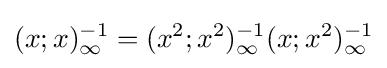
(x;x)_{\infty }^{-1}=(x^{2};x^{2})_{\infty }^{-1}(x;x^{2})_{\infty }^{-1}